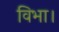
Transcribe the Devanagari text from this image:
विभा।